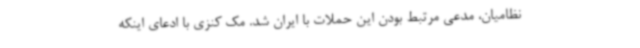
نظامیان، مدعی مرتبط بودن این حملات با ایران شد. مک کنزی با ادعای اینکه